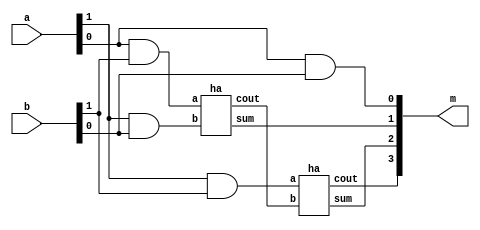
module v(a,b,m);
input [1:0]a,b;
output [3:0]m;
wire w1,w2,w3,w4;
assign m[0]=a[0]&b[0];
assign m[0]=a[0]&b[0];
assign w1=a[0]&b[1];
assign w2=a[1]&b[0];
ha h1(w3,m[1],w1,w2);
assign w4=a[1]&b[1];
ha h2(m[3],m[2],w4,w3);
endmodule


module ha(cout,sum,a,b);
input a,b;
output cout,sum;
assign {cout,sum}=a+b;
endmodule